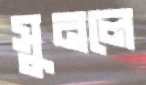
সুনলে